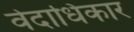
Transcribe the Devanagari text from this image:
वेदाधिकार